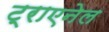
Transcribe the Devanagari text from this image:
ट्राएनेल